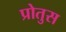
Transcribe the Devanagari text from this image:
प्रोतुस